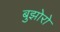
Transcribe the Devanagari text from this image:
बुझोरो